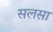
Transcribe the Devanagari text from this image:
सलसा